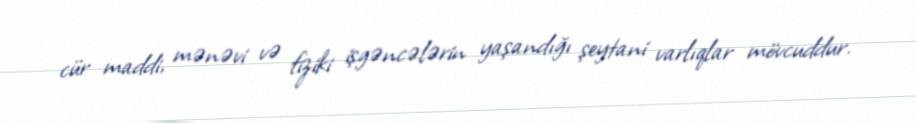
cür maddi, mənəvi və fiziki işgəncələrin yaşandığı şeytani varlıqlar mövcuddur.